Vaccination in the Punjab 1919-1929 - 1919-1929
Year: 1919
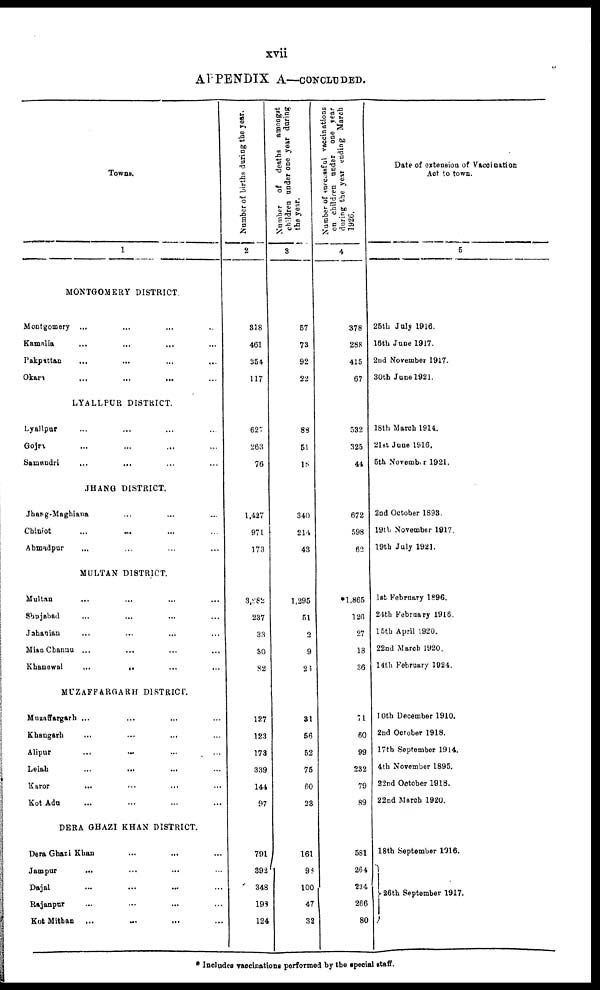
xvii
APPENDIX A—CONCLUDED.
Towns.
1
MONTGOMERY DISTRICT
Montgomery ... ... ... ...
Kamalia ... ... ... ...
Pakpattan ... ... ... ...
Okara ... ... ... ...
LYALLPUR DISTRICT.
Lyallpur ... ... ... ...
Gojra ... ... ... ...
Samundri ... ... ... ...
JHANG DISTRICT.
Jhang-Maghiana ... ... ...
Chiniot ... ... ... ...
Ahmadpur ... ... ... ...
MULTAN DISTRICT.
Multan ... ... ... ...
Shujabad ... ... ... ...
Jahanian ... ... ... ...
Mian Channu ... ... ... ...
Khanewal
...
... ... ...
MUZAFFARGARH DISTRICT.
Muzaffargarh ... ... ... ...
Khangarh ... ... ... ...
Alipur ... ... ... ...
Leiah ... ... ... ...
Karor ... ... ... ...
Kot Adu ... ... ... ...
DERA GHAZI KHAN DISTRICT.
Dera Ghazi Khan ... ... ... ...
Jampur ... ... ... ...
Dajal ... ... ... ...
Rajanpur
Kot Mithan
... ... ... ...
Number of births during the year.
2
318
461
354
117
627
263
76
1,427
971
173
3,282
237
33
30
82
127
123
173
339
144
97
791
392
348
198
124
Number of
deaths
amongst
children under one year during
the year.
3
57
73
92
22
88
51
18
340
214
43
1,295
51
2
9
23
31
56
52
75
60
23
161
98
100
47
32
Number of successful vaccinations
on children under
one year
during the year ending March
1926.
4
378
288
415
67
532
325
44
672
598
62
*1,865
126
27
18
36
71
60
99
232
79
89
581
264
234
266
80
Date of extension of Vaccination
Act to town.
5
25th July 1916.
16th June 1917.
2nd November 1917.
30th June 1921.
18th March 1914.
21st June 1916.
5th November 1921.
2nd October 1893.
19th November 1917.
19th July 1921.
1st February 1896.
24th February 1916.
15th April 1920.
22nd March 1920.
14th February 1924.
10th December 1910.
2nd October 1918.
17th September 1914.
4th November 1895.
22nd October 1918.
22nd March 1920.
18th September 1916.
26th September 1917.
* Includes vaccinations performed by the special staff.